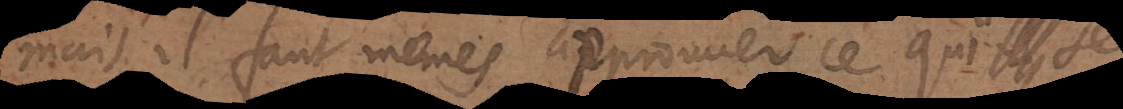
mais il faut même approuver ce qui